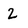
Character: Z